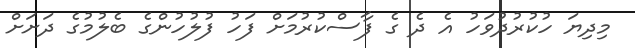
މިދިޔަ ހުކުރުދުވަހު އެ ދެ ގެ ފާސްކުރުމަށް ފަހު ފުލުހުންގެ ބެލުމުގެ ދަށަށް